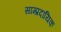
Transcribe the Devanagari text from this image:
साम्‍प्रदायिक